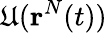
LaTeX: \mathfrak{U}(\textbf{{r}}^{N}(t))